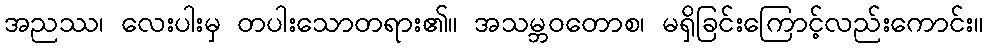
အညဿ၊ လေးပါးမှ တပါးသောတရား၏။ အသမ္ဘဝတောစ၊ မရှိခြင်းကြောင့်လည်းကောင်း။